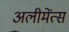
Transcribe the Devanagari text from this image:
अलीमेंत्स